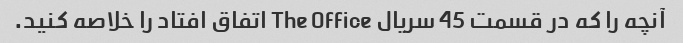
آنچه را که در قسمت 45 سریال The Office اتفاق افتاد را خلاصه کنید.